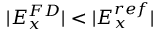
| E _ { x } ^ { F D } | < | E _ { x } ^ { r e f } |